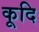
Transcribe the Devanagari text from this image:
कूदि